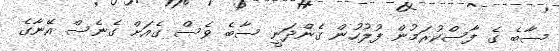
ސާބެ ގެ ފާސްކުރަމުން ފުލުހުން ގެންދަނީ ސާބެ ވެސް ގެއަށް ގެނެސް އޭނާގެ